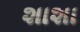
શાશા